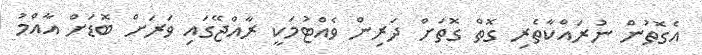
އެގޮތުން ނުރައްކާތެރި ގޮތް ގޮތަށް ދަރިން ވެއްޓުމަކީ ރާއްޖޭގައި ވަރަށް ބޮޑަށް އާއްމު